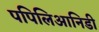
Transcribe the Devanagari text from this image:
पपिलिआनिडी